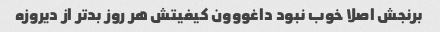
برنجش اصلا خوب نبود داغووون کیفیتش هر روز بد‌تر از دیروزه